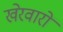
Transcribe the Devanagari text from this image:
खेरवारों